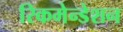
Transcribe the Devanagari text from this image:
रिकमेन्डेशन